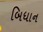
બિધાન